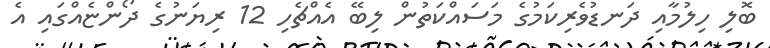
ބޮލި ހިލުމާއި ދަނޑުވެރިކަމުގެ މަސައްކަތުން ލިބޭ އެއްޗެހި 12 ރިޔަނުގެ ދޯންޏެއްގައި އެ